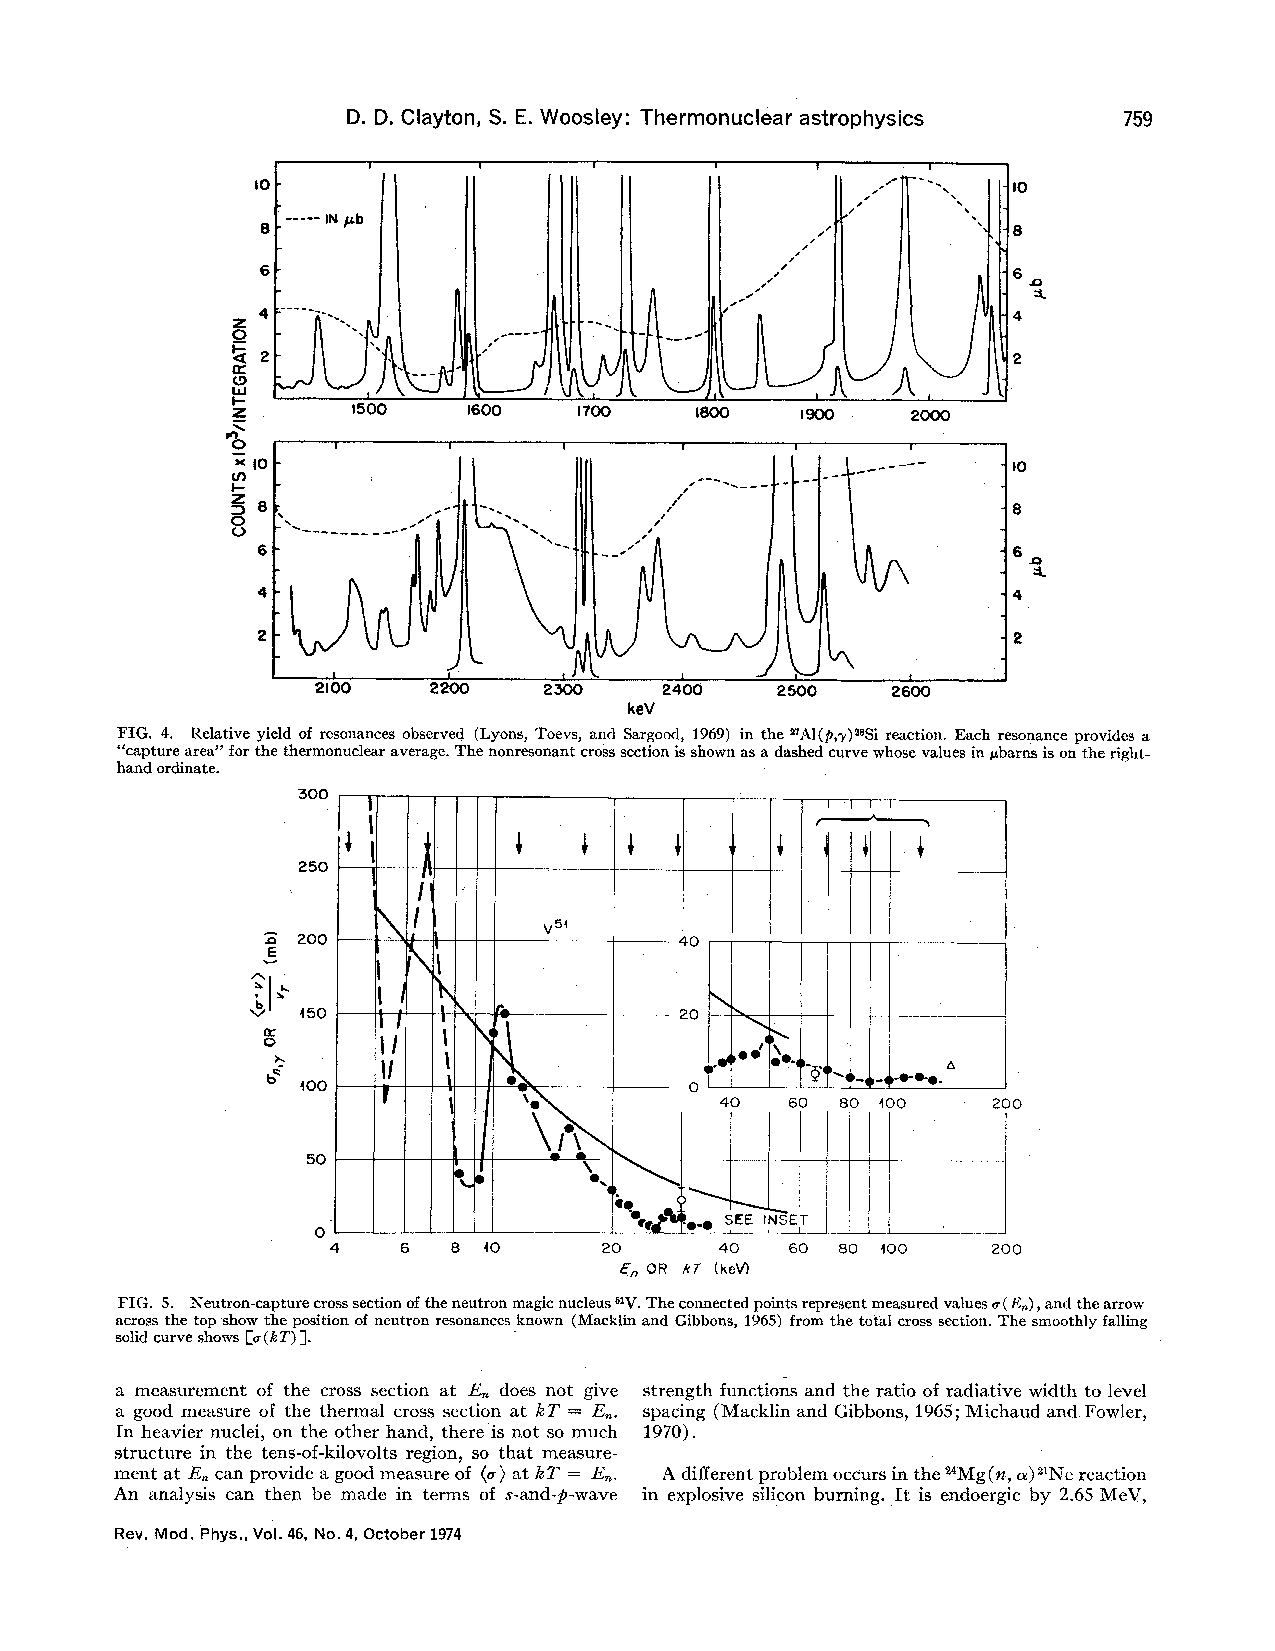
D. D. Clayton, S.E.Woosley: Thermonuclear astrophysics 759
 IO-                                               -Ip
 ---—
 8-   IN p.b
 r
 ///
 -6
 rr
 /                  '4
 2
 5
 A,
 ILL-I
 I
 K       I5QP    I600    l700   ISQO           2000
 A0
 x )0-                                              -
 IO
 I-
 0 8 r
 4-I
 2"
 2400
 25.l
 00
 26I
 00
 keV
 FIG. 4. Relative yield of resonances ahserved (Lyons, Toevs, and Sargood, 1969) in the ~A1(p,p)sssi reaction. Each resonance provides a
 "capture area" for the thermonuclear average. The nonresonant cross section isshown as a dashed curve whose values in pbarns ison the right-
 hand ordinate.
 300
 250
 Il
 !      V5"
 200      l              —40
 E
 b  550  i I     r           20
 l I
 II                        II
 i
 b ~00  Il                   0 l       &&-g~-ii- '~0-
 00   60 80 100    200
 !
 a
 50
 ~Ol
 ii,
 ~
 0                      &+~! ~ SEE INSET
 I
 20      00   60 80 100    200
 oR ~r (keV)
 FIG. 5. Neutron-capture crass section ofthe neutron magic nucleus "V.The connected points represent measured values o(8„),and the arrow
 across the top show the position of neutron resonances known (Macklin and Gibbons, 1965) from the total cross section. The smoothly falling
 j.
 solid curve shows Lo(kT)
 a measurement of the cross section at E„does not give strength functions and the ratio of radiative width to level
 a good measure of the thermal cross section at kT = E„. spacing (Maclclin and Gibbons, 1965;Michaud and Fowler,
 In heavier nuclei, on the other hand, there is not so much 1970).
 structure in the tens-of-kilovolts region, so that measure-
 ment at F.„an pcrovide a good measure of (a)at kT = E„. A different problem occurs in the s4Mg(e, n)"Ne reaction
 An analysis can then be made in terms of s-and-p-wave in explosive silicon burning. It is endoergic by 2.65 MeV,
 Rev. IVlod. Phys.,Vol.46, No. 4, October 1974